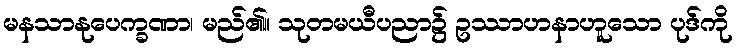
မနသာနုပေက္ခဏာ၊ မည်၏။ သုတမယီပညာ၌ ဥဿာဟနာဟူသော ပုဒ်ကို